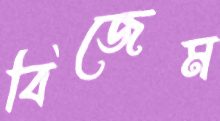
বিজেম